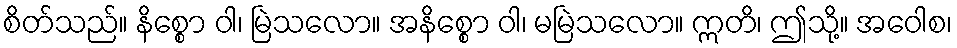
စိတ်သည်။ နိစ္စော ဝါ၊ မြဲသလော။ အနိစ္စော ဝါ၊ မမြဲသလော။ ဣတိ၊ ဤသို့။ အဝေါစ၊